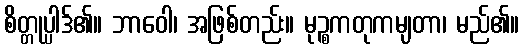
စိတ္တုပ္ပါဒ်၏။ ဘာဝေါ၊ အဖြစ်တည်း။ မုဉ္စကတုကမျတာ၊ မည်၏။